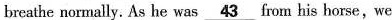
breathe normally. As he was \underline{43} fron his barse,we